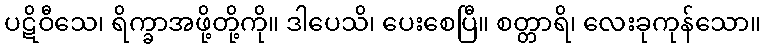
ပဋိဝီသေ၊ ရိက္ခာအဖို့တို့ကို။ ဒါပေသိ၊ ပေးစေပြီ။ စတ္တာရိ၊ လေးခုကုန်သော။